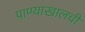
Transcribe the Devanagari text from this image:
पाण्याखालची